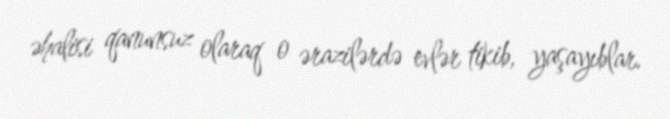
əhalisi qanunsuz olaraq o ərazilərdə evlər tikib, yaşayıblar.